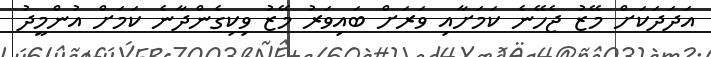
އަދަދަކަށް މޭޒު ޖެހޭނެ ކަމަށާއި ވަރަށް ބައިވަރު މޭޒު ވިކިގެންދާނެ ކަމަށް އުންމީދު